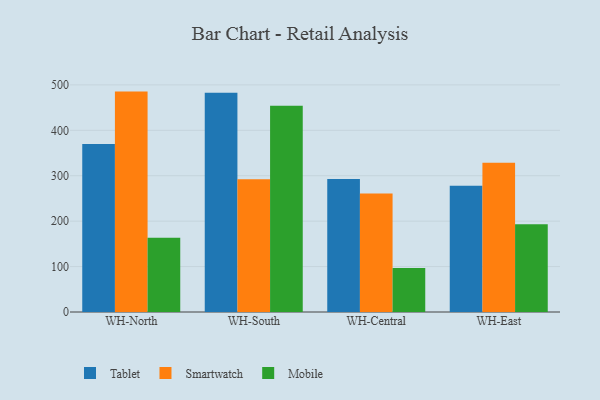
{"axis": {"x": "Warehouse", "y": "Net Income (USD K)"}, "legend": ["Mobile", "Smartwatch", "Tablet"], "data": [{"x": "WH-North", "y": 369.9, "type": "Tablet"}, {"x": "WH-North", "y": 485.2, "type": "Smartwatch"}, {"x": "WH-North", "y": 163.5, "type": "Mobile"}, {"x": "WH-South", "y": 482.5, "type": "Tablet"}, {"x": "WH-South", "y": 292.3, "type": "Smartwatch"}, {"x": "WH-South", "y": 454.1, "type": "Mobile"}, {"x": "WH-Central", "y": 292.9, "type": "Tablet"}, {"x": "WH-Central", "y": 260.9, "type": "Smartwatch"}, {"x": "WH-Central", "y": 97.0, "type": "Mobile"}, {"x": "WH-East", "y": 277.9, "type": "Tablet"}, {"x": "WH-East", "y": 328.3, "type": "Smartwatch"}, {"x": "WH-East", "y": 193.0, "type": "Mobile"}]}